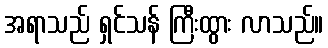
အရာသည် ရှင်သန် ကြီးထွား လာသည်။